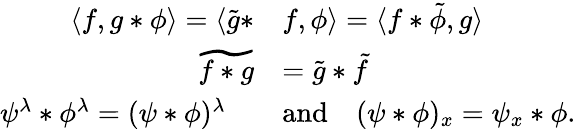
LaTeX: \begin{array}{rl}{\langle f,g*\phi\rangle=\langle\tilde{g}*}&{f,\phi\rangle=\langle f*\tilde{\phi},g\rangle}\\ {\widetilde{f*g}}&{=\tilde{g}*\tilde{f}}\\ {\psi^{\lambda}*\phi^{\lambda}=(\psi*\phi)^{\lambda}\quad}&{\mathrm{and}\quad(\psi\ast\phi)_{x}=\psi_{x}\ast\phi.}\end{array}